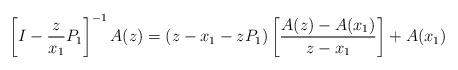
LaTeX: \begin{align*} \left[I-\frac{z}{x_1}P_1\right]^{-1}A(z)=(z-x_1-zP_1)\left[\frac{A(z)-A(x_1)}{z-x_1}\right]+A(x_1) \end{align*}